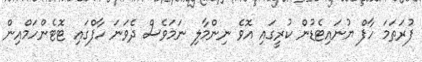
ފުރަތަމަ ހާފް ޔުނައިޓެޑުން ކުރީގައި އޮވެ ނިންމާލި ނަމަވެސް ދެވަނަ ހާފްގައި ޓޮޓެންހަމްއިން